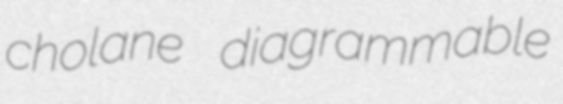
cholane diagrammable